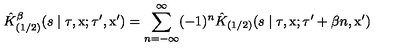
\hat { K } _ { ( 1 / 2 ) } ^ { \beta } ( s \mid \tau , \mathrm { \boldmath x } ; \tau ^ { \prime } , \mathrm { \boldmath x ' } ) = \sum _ { n = - \infty } ^ { \infty } ( - 1 ) ^ { n } \hat { K } _ { ( 1 / 2 ) } ( s \mid \tau , \mathrm { \boldmath x } ; \tau ^ { \prime } + \beta n , \mathrm { \boldmath x ' } )